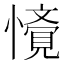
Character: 𭟁